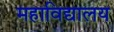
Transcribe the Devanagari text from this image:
महाविद्यालय